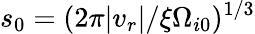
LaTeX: s_{0}=(2\pi|v_{r}|/\xi\Omega_{i0})^{1/3}